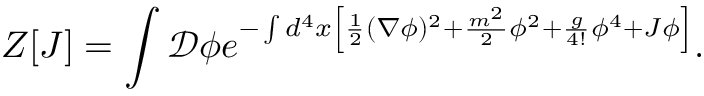
Z [ J ] = \int { \mathcal { D } } \phi e ^ { - \int d ^ { 4 } x \left[ { \frac { 1 } { 2 } } ( \nabla \phi ) ^ { 2 } + { \frac { m ^ { 2 } } { 2 } } \phi ^ { 2 } + { \frac { g } { 4 ! } } \phi ^ { 4 } + J \phi \right] } .